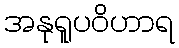
အနုရူပဝိဟာရ